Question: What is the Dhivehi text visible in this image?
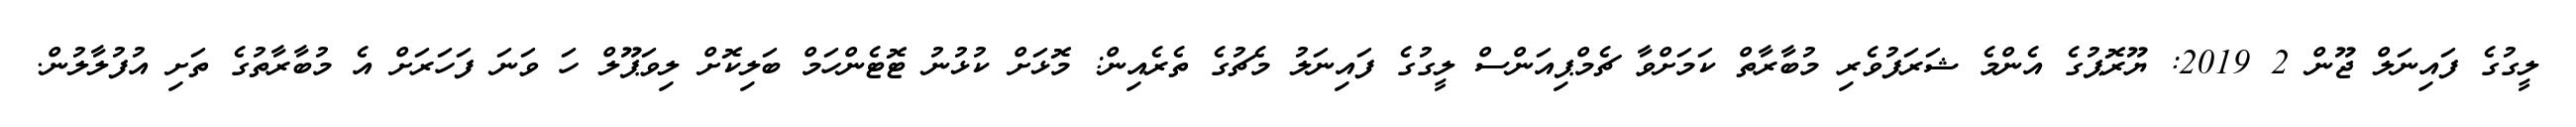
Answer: ލީގުގެ ފައިނަލް ޖޫން 2 2019: ޔޫރޮޕުގެ އެންމެ ޝަރަފުވެރި މުބާރާތް ކަމަށްވާ ޗެމްޕިއަންސް ލީގުގެ ފައިނަލު މެޗުގެ ތެރެއިން: މޮޅަށް ކުޅުނު ޓޮޓެންހަމް ބަލިކޮށް ލިވަޕޫލް ހަ ވަނަ ފަހަރަށް އެ މުބާރާތުގެ ތަށި އުފުލާލުން.